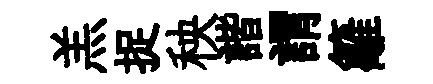
羔捉秧諧謂籬